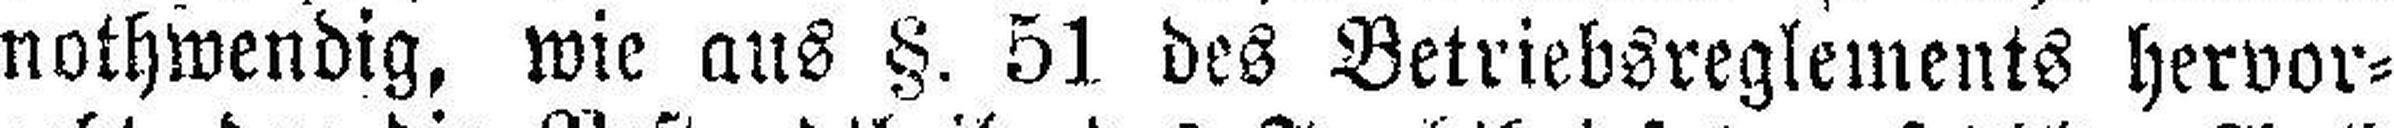
nothwendig, wie aus §. 51 des Betriebsreglements hervor¬